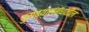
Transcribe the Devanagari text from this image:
पुराव्यासंबंधातील